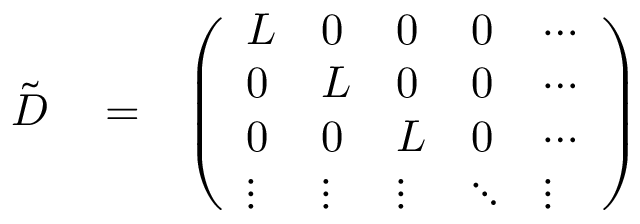
\begin{array} { r l r } { { \tilde { D } } } & { { } = } & { \left( \begin{array} { l l l l l } { L } & { 0 } & { 0 } & { 0 } & { \cdots } \\ { 0 } & { L } & { 0 } & { 0 } & { \cdots } \\ { 0 } & { 0 } & { L } & { 0 } & { \cdots } \\ { \vdots } & { \vdots } & { \vdots } & { \ddots } & { \vdots } \end{array} \right) } \end{array}